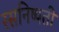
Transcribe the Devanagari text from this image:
रसनिष्पती